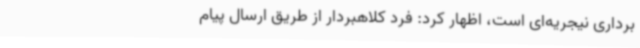
برداری نیجریه‌ای است، اظهار کرد: فرد کلاهبردار از طریق ارسال پیام